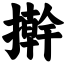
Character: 擀